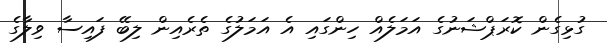
ގުޅިގެން ކޮރަޕްޝަނުގެ އަމަލެއް ހިންގައި އެ އަމަލުގެ ތެރެއިން ލިބޭ ފައިސާ ވިލާގެ